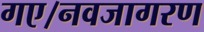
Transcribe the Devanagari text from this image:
गए।नवजागरण